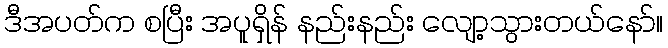
ဒီအပတ်က စပြီး အပူရှိန် နည်းနည်း လျော့သွားတယ်နော်။